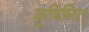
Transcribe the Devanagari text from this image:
कृषिमित्